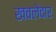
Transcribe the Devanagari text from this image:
खवलेदार